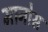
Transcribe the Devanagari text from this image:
मानोस